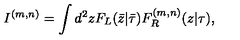
I ^ { ( m , n ) } = \int d ^ { 2 } z F _ { L } ( \bar { z } | \bar { \tau } ) F _ { R } ^ { ( m , n ) } ( z | \tau ) ,